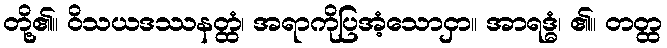
တို့၏။ ဝိသယဒဿနတ္ထံ၊ အရာကိုပြအံ့သောငှာ။ အာရဒ္ဓံ၊ ၏။ တတ္ထ